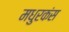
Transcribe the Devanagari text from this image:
मधुरकंस